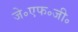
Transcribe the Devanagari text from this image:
जे॰एफ॰जी॰